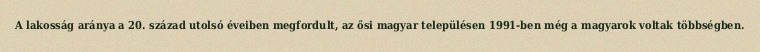
A lakosság aránya a 20. század utolsó éveiben megfordult, az ősi magyar településen 1991-ben még a magyarok voltak többségben.